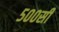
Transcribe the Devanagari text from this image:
५००सी